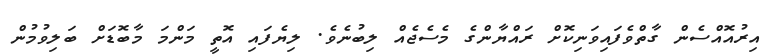
އިރުއޮއްސެން ގާތްވެފައިވަނިކޮށް ރައްޔާންގެ މެސެޖެއް ލިބުނެވެ. ލިޔެފައި އޮތީ މަންމަ މާބޮޑަށް ބަލިވުމުން